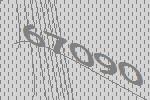
67090